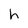
Character: h